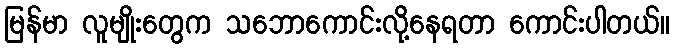
မြန်မာ လူမျိုးတွေက သဘောကောင်းလို့နေရတာ ကောင်းပါတယ်။